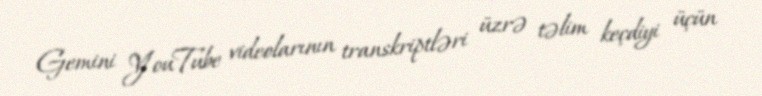
Gemini YouTube videolarının transkriptləri üzrə təlim keçdiyi üçün